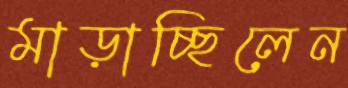
মাড়াচ্ছিলেন